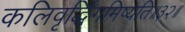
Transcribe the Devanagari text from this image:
कलिवृर्द्धिगमिष्यति॥३२॥